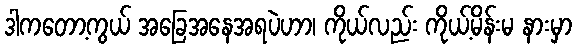
ဒါကတော့ကွယ် အခြေအနေအရပဲဟာ၊ ကိုယ်လည်း ကိုယ့်မိန်းမ နားမှာ